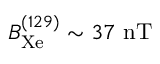
B _ { \mathrm { X e } } ^ { ( 1 2 9 ) } \sim 3 7 ~ \mathrm { n T }